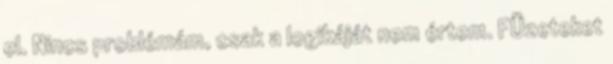
el. Nincs problémám, csak a logikáját nem értem. FÜzeteket